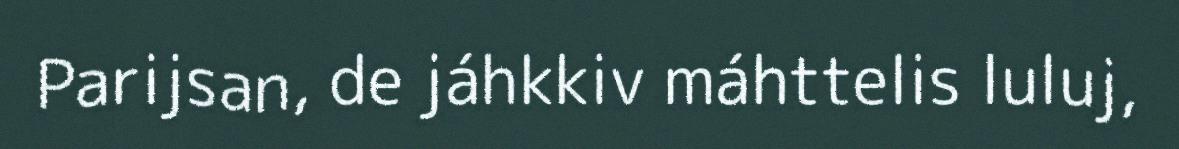
Parijsan, de jáhkkiv máhttelis luluj,